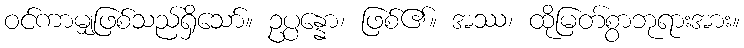
ဝင်ကာမျှဖြစ်သည်ရှိသော်။ ဥပ္ပန္နော၊ ဖြစ်၏။ အဿ၊ ထိုမြတ်စွာဘုရားအား။